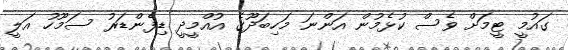
ގައުމީ ޓީމަށް ވެސް ކުޅެމުން އަންނަ މަހިބަދޫގެ އުއްމީދީ ޑިފެންޑަރު ސަމޫހު އަލީ